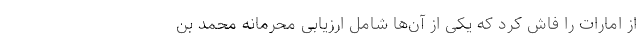
از امارات را فاش کرد که یکی از آن‌ها شامل ارزیابی محرمانه محمد بن